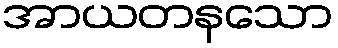
အာယတနသော